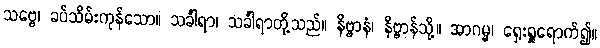
သဗ္ဗေ၊ ခပ်သိမ်းကုန်သော။ သင်္ခါရာ၊ သင်္ခါရာတို့သည်။ နိဗ္ဗာနံ၊ နိဗ္ဗာန်သို့။ အာဂမ္မ၊ ရှေးရှုရောက်၍။